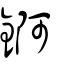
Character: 錒